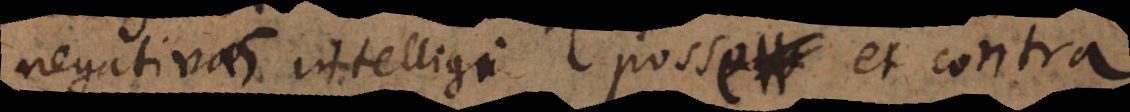
negativas intelligi posse et contra